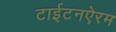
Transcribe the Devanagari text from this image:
टाईटनऐरम